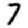
Digit: 7